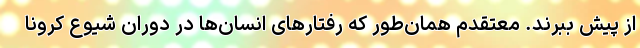
از پیش ببرند. معتقدم همان‌طور که رفتارهای انسان‌ها در دوران شیوع کرونا